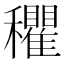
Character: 𰩃